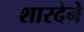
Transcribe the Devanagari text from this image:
शारदेने